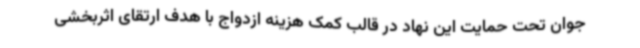
جوان تحت حمایت این نهاد در قالب کمک هزینه ازدواج با هدف ارتقای اثربخشی